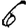
Digit: 6